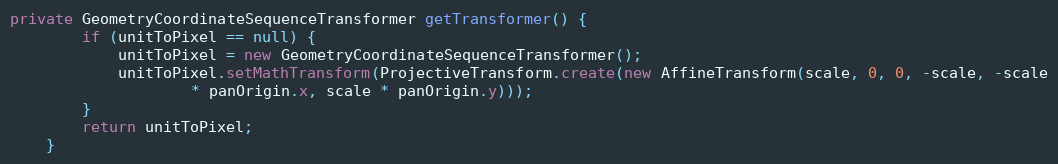
Language: Java
private GeometryCoordinateSequenceTransformer getTransformer() {
		if (unitToPixel == null) {
			unitToPixel = new GeometryCoordinateSequenceTransformer();
			unitToPixel.setMathTransform(ProjectiveTransform.create(new AffineTransform(scale, 0, 0, -scale, -scale
					* panOrigin.x, scale * panOrigin.y)));
		}
		return unitToPixel;
	}